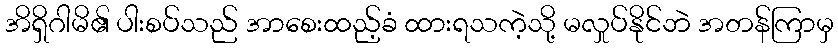
အိရှိဂါမိ၏ ပါးစပ်သည် အာစေးထည့်ခံ ထားရသကဲ့သို့ မလှုပ်နိုင်ဘဲ အတန်ကြာမှ